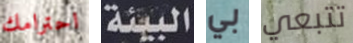
احترامك البيئة بي تتبعي